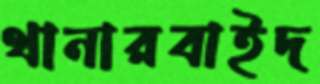
থানারবাইদ